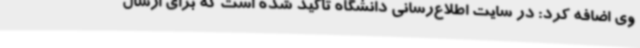
وی اضافه کرد: در سایت اطلاع‌رسانی دانشگاه تاکید شده است که برای ارسال